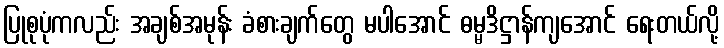
ပြုစုပုံကလည်း အချစ်အမုန်း ခံစားချက်တွေ မပါအောင် ဓမ္မဒိဋ္ဌာန်ကျအောင် ရေးတယ်လို့